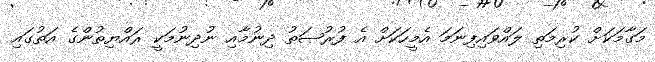
މަގާމަކަށް ކުރިމަތި ލައްވައިފިނަމަ އެމީހަކަށް އެ ފުރުޞަތު ދިނުމާއި ނުދިނުމަކީ ރައްޔިތުންގެ އަތުގައި